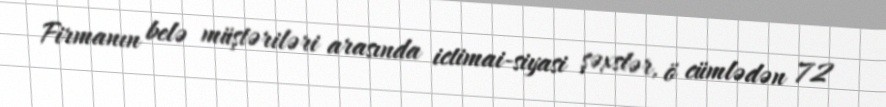
Firmanın belə müştəriləri arasında ictimai-siyasi şəxslər, ö cümlədən 72